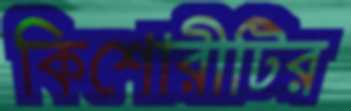
কিশোরীটির